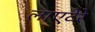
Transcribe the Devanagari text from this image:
लाएटेरे